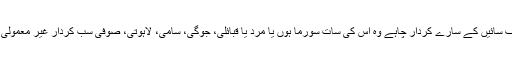
لطیف سائیں کے سارے کردار چاہے وہ اس کی سات سورما ہوں یا مرد یا قبائلی، جوگی، سامی، لاہوتی، صوفی سب کردار غیر معمولی ہیں۔